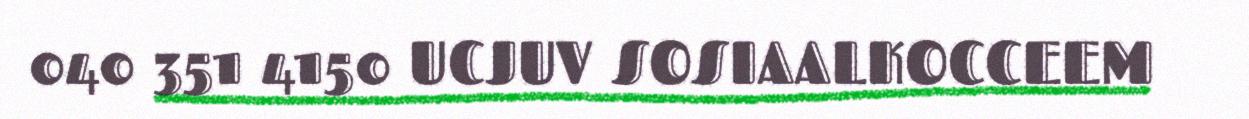
040 351 4150 UCJUV SOSIAALKOCCEEM